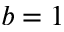
b = 1